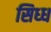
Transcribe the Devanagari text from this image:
सिध्ध